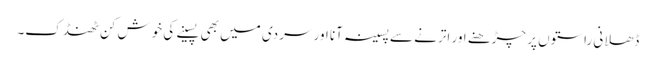
ڈھلانی راستوں پر چڑھنے اور اترنے سے پسینہ آنا اور سردی میں بھی پسینے کی خوش کن ٹھنڈک۔